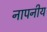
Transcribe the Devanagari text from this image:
नापनीय